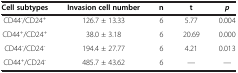
| Cell subtypes | Invasion cell number | n | t | p |
 | --- | --- | --- | --- | --- |
 | CD44-/CD24+ | 126.7 ± 13.33 | 6 | 5.77 | 0.004 |
 | CD44+/CD24+ | 38.0 ± 3.18 | 6 | 20.69 | 0.000 |
 | CD44-/CD24- | 194.4 ± 27.77 | 6 | 4.21 | 0.013 |
 | CD44+/CD24- | 485.7 ± 43.62 | 6 | — | — |